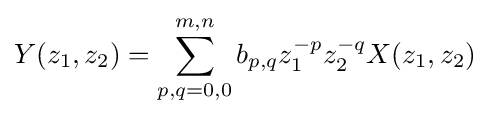
Y(z_{1},z_{2})=\sum _{p,q=0,0}^{m,n}b_{p,q}z_{1}^{-p}z_{2}^{-q}X(z_{1},z_{2})